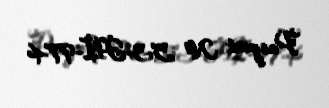
Pasport № 53-HI-974